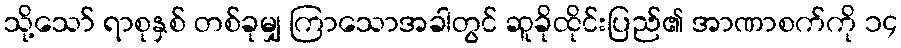
သို့သော် ရာစုနှစ် တစ်ခုမျှ ကြာသောအခါတွင် ဆူခိုထိုင်းပြည်၏ အာဏာစက်ကို ၁၄